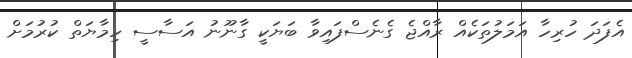
އެފަދަ ހުރިހާ އަމަލުތަކެއް ރާއްޖެ ގެނެސްފައިވާ ބަޔަކީ ގާނޫނު އަސާސީ ހިމާޔަތް ކުރުމަށް